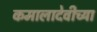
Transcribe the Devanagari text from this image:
कमालादेवीच्या